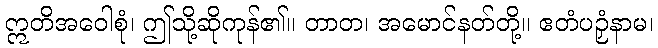
ဣတိအဝေါစုံ၊ ဤသို့ဆိုကုန်၏။ တာတ၊ အမောင်နတ်တို့။ ဧတံပဉှံနာမ၊